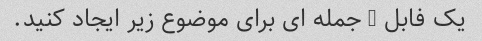
یک فابل 2 جمله ای برای موضوع زیر ایجاد کنید.